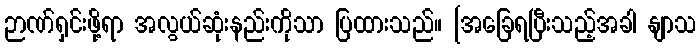
ဉာဏ်ရှင်းဖို့ရာ အလွယ်ဆုံးနည်းကိုသာ ပြထားသည်။ [အခြေရပြီးသည့်အခါ နျာသ